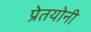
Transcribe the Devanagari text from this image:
प्रेतयोनी